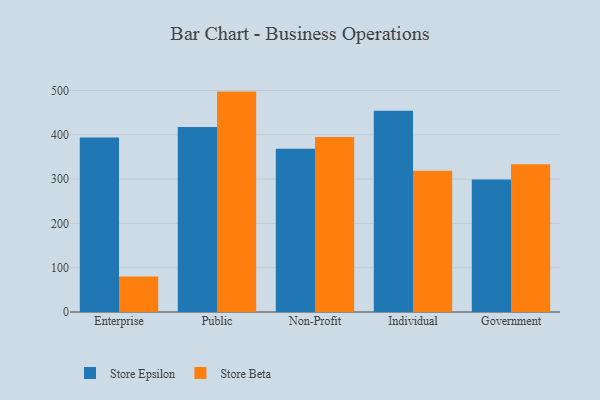
{"axis": {"x": "Segment", "y": "Revenue (USD Million)"}, "legend": ["Store Beta", "Store Epsilon"], "data": [{"x": "Enterprise", "y": 393.9, "type": "Store Epsilon"}, {"x": "Enterprise", "y": 80.2, "type": "Store Beta"}, {"x": "Public", "y": 417.7, "type": "Store Epsilon"}, {"x": "Public", "y": 497.5, "type": "Store Beta"}, {"x": "Non-Profit", "y": 368.7, "type": "Store Epsilon"}, {"x": "Non-Profit", "y": 395.0, "type": "Store Beta"}, {"x": "Individual", "y": 454.5, "type": "Store Epsilon"}, {"x": "Individual", "y": 319.0, "type": "Store Beta"}, {"x": "Government", "y": 299.2, "type": "Store Epsilon"}, {"x": "Government", "y": 333.5, "type": "Store Beta"}]}